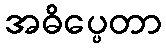
အဓိပ္ပေတာ